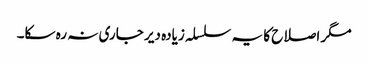
مگر اصلاح کا یہ سلسلہ زیادہ دیر جاری نہ رہ سکا۔